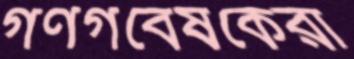
গণগবেষকেরা